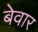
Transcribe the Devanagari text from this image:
बेवार